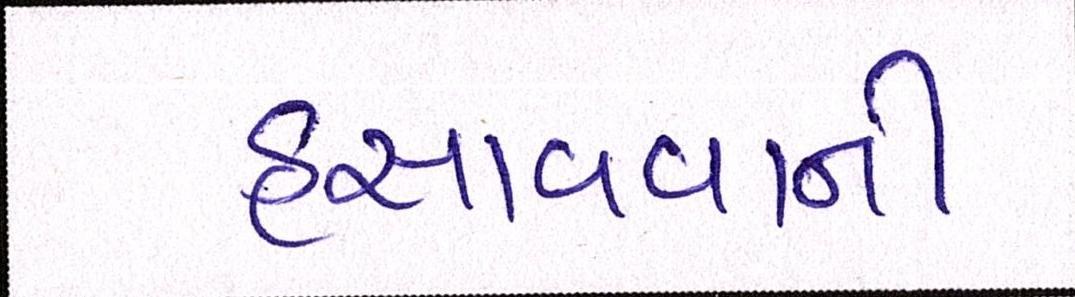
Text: હસાવવાની